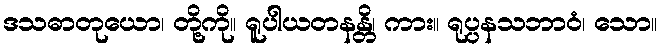
ဒသဓာတုယော၊ တို့ကို။ ရူပါယတနန္တိ၊ ကား။ ရုပ္ပနသဘာဝံ၊ သော။